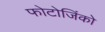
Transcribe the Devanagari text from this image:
फोटोजिंको